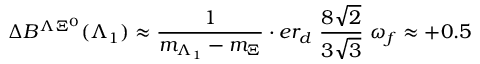
\Delta B ^ { \Lambda \Xi ^ { 0 } } ( \Lambda _ { 1 } ) \approx \frac { 1 } { m _ { \Lambda _ { 1 } } - m _ { \Xi } } \cdot e r _ { d } ~ \frac { 8 \sqrt { 2 } } { 3 \sqrt { 3 } } ~ \omega _ { f } \approx + 0 . 5